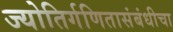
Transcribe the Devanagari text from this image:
ज्योतिर्गणितासंबंधीचा